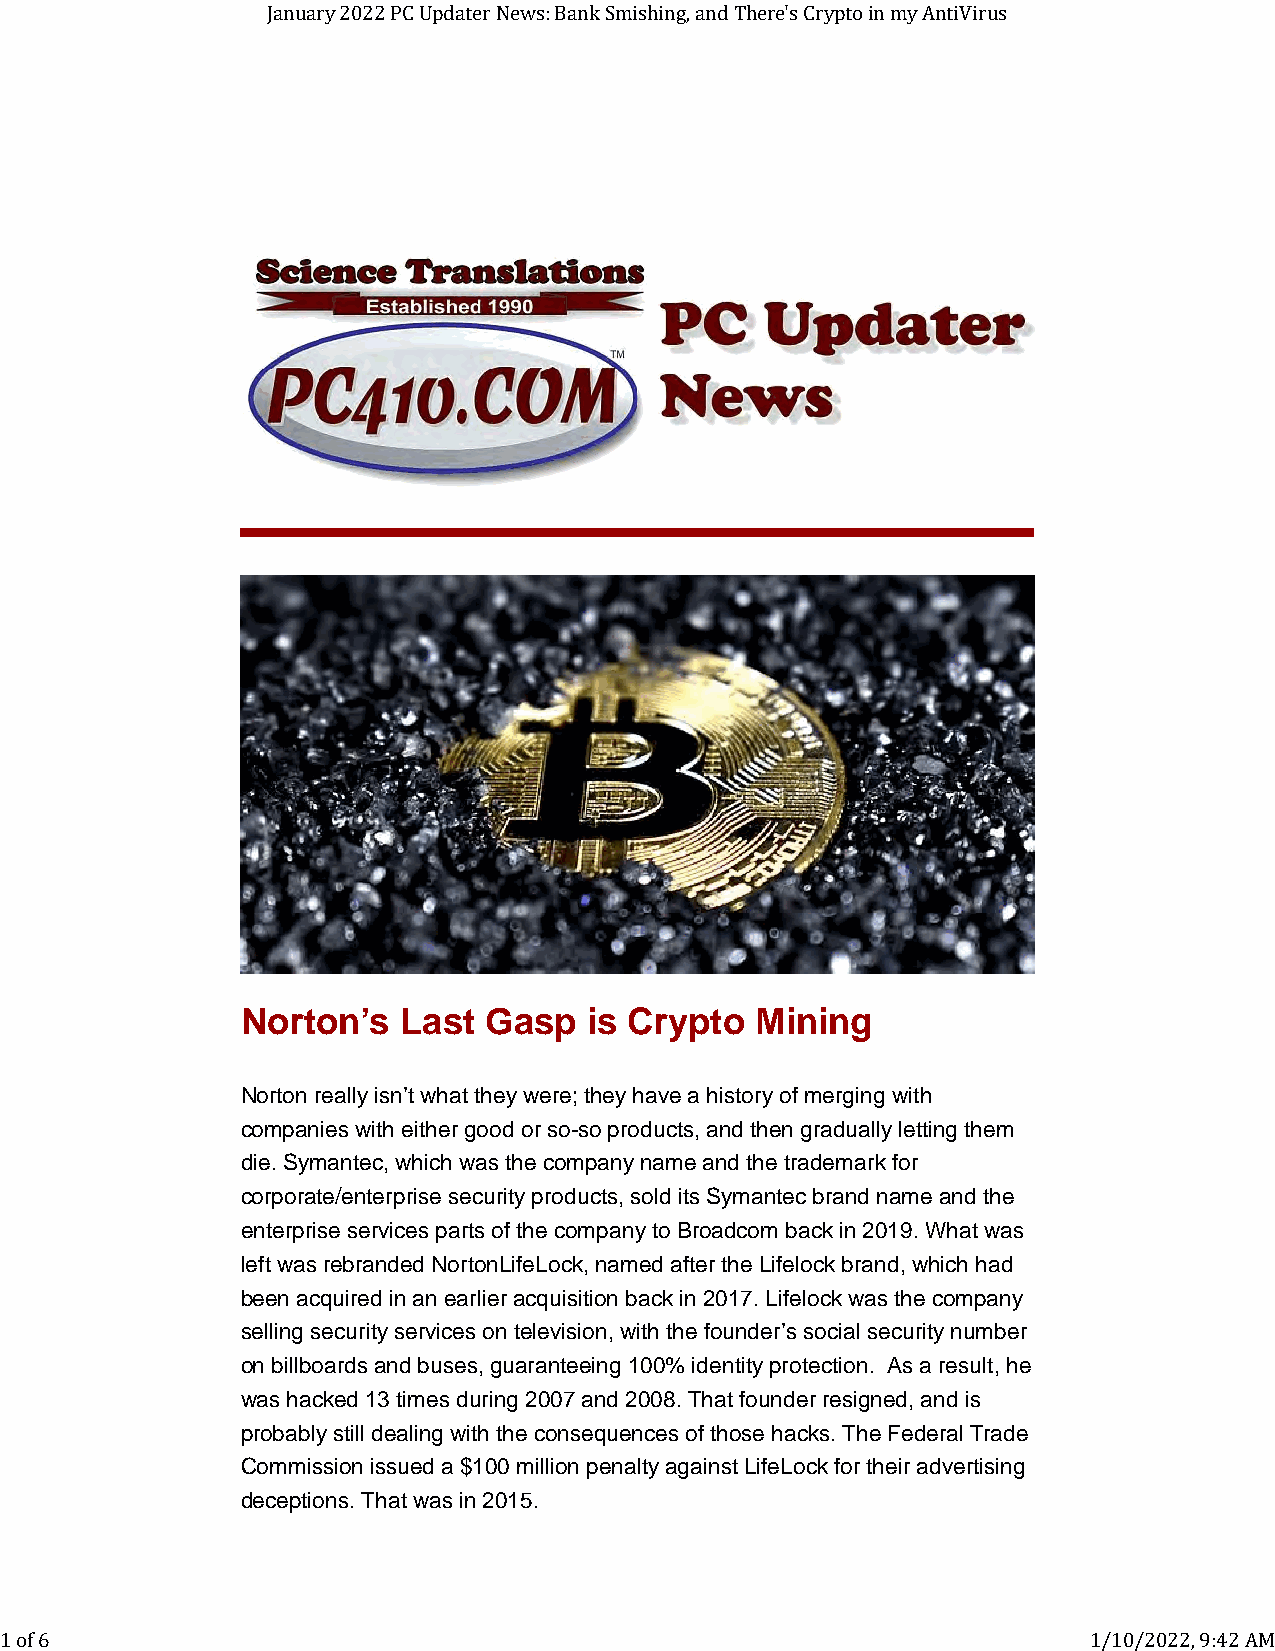
January 2022 PC Updater News: Bank Smishing, and There's Crypto in my AntiVirus
 Norton’s  Last  Gasp   is Crypto  Mining
 Norton really isn’t what they were; they have a history of merging with
 companies with either good or so-so products, and then gradually letting them
 die. Symantec, which was the company name and the trademark for
 corporate/enterprise security products, sold its Symantec brand name and the
 enterprise services parts of the company to Broadcom back in 2019. What was
 left was rebranded NortonLifeLock, named after the Lifelock brand, which had
 been acquired in an earlier acquisition back in 2017. Lifelock was the company
 selling security services on television, with the founder’s social security number
 on billboards and buses, guaranteeing 100% identity protection. As a result, he
 was hacked 13 times during 2007 and 2008. That founder resigned, and is
 probably still dealing with the consequences of those hacks. The Federal Trade
 Commission issued a $100 million penalty against LifeLock for their advertising
 deceptions. That was in 2015.
 1 of 6                                                                  1/10/2022, 9:42 AM